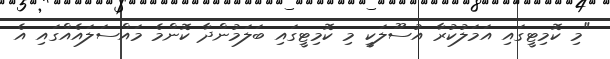
"މި ކޮމިޓީގައި އަމަލުކުރާ އުސޫލަކީ މި ކޮމިޓީގައި ބަލަމުންދާ ކޮންމެ މައްސަލައެއްގައި އެ